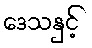
ဒေသနှင့်